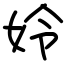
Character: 姈